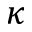
\kappa